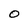
Character: O